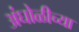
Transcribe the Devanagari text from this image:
अंघोळीच्या